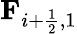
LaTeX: \textbf{F}_{i+\frac{1}{2},1}